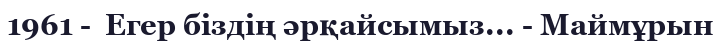
1961 -  Егер біздің әрқайсымыз... - Маймұрын